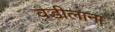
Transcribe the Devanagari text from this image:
वडीलाना